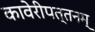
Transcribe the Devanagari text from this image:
कावेरीपत्तनम्